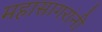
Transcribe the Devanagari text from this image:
महासागरांनी